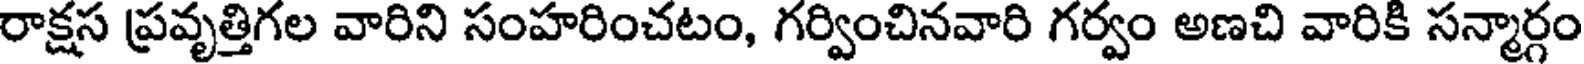
రాక్షస ప్రవృత్తిగల వారిని సంహరించటం, గర్వించినవారి గర్వం అణచి వారికి సన్మార్గం